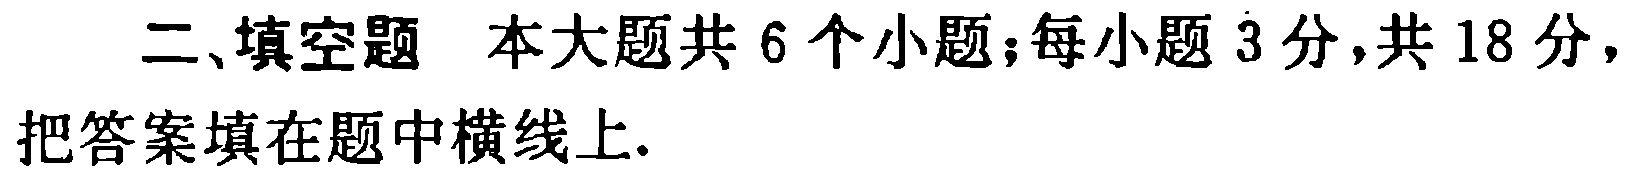
二、填空题 本大题共 6 个小题；每小题 3 分，共 18 分，把答案填在题中横线上.